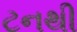
ટનથી